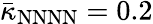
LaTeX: \bar{\kappa}_{\mathrm{NNNN}}=0.2